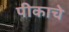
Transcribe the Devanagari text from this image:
पीकाचे